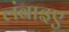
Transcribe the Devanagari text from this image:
लंबाइए